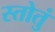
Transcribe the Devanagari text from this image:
स्तोतुं